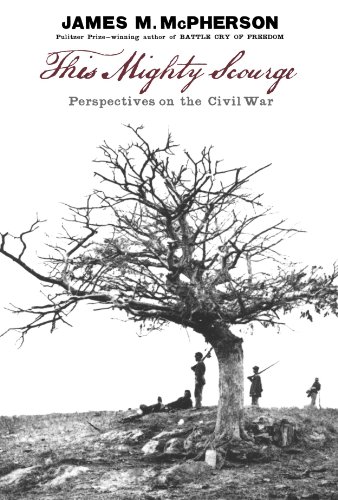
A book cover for This Mighty Scourge: Perspectives on the Civil War; James M. McPherson; History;